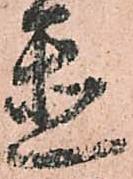
置